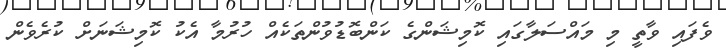
ވެފައި ވާތީ މި މައްސަލާގައި ކޮމިޝަންގެ ކަންބޮޑުވުންތަކެއް ހުރުމާ އެކު ކޮމިޝަނަށް ކުރެވެން